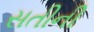
સતીની